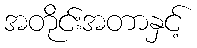
အတိုင်းအတာနှင့်